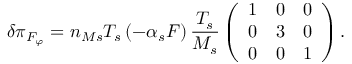
\delta \pi _ { F _ { \varphi } } = n _ { M s } T _ { s } \left( - \alpha _ { s } F \right) \frac { T _ { s } } { M _ { s } } \left( \begin{array} { c c c } { 1 } & { 0 } & { 0 } \\ { 0 } & { 3 } & { 0 } \\ { 0 } & { 0 } & { 1 } \end{array} \right) .